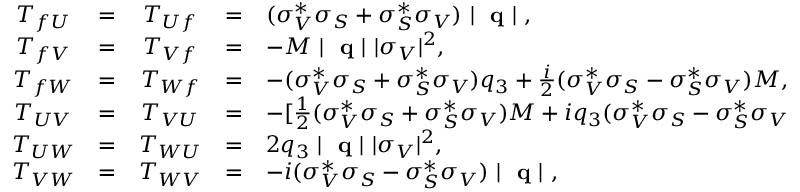
\begin{array} { c c c c l } { { T _ { f U } } } & { { = } } & { { T _ { U f } } } & { { = } } & { { ( \sigma _ { V } ^ { \ast } \sigma _ { S } + \sigma _ { S } ^ { \ast } \sigma _ { V } ) \mathrm { ~ \left| ~ { \bf ~ q } ~ \right| ~ } , } } \\ { { T _ { f V } } } & { { = } } & { { T _ { V f } } } & { { = } } & { { - M \mathrm { ~ \left| ~ { \bf ~ q } ~ \right| ~ } | \sigma _ { V } | ^ { 2 } , \nonumber } } \\ { { T _ { f W } } } & { { = } } & { { T _ { W f } } } & { { = } } & { { - ( \sigma _ { V } ^ { \ast } \sigma _ { S } + \sigma _ { S } ^ { \ast } \sigma _ { V } ) q _ { 3 } + \frac { i } { 2 } ( \sigma _ { V } ^ { \ast } \sigma _ { S } - \sigma _ { S } ^ { \ast } \sigma _ { V } ) M , } } \\ { { T _ { U V } } } & { { = } } & { { T _ { V U } } } & { { = } } & { { - [ \frac { 1 } { 2 } ( \sigma _ { V } ^ { \ast } \sigma _ { S } + \sigma _ { S } ^ { \ast } \sigma _ { V } ) M + i q _ { 3 } ( \sigma _ { V } ^ { \ast } \sigma _ { S } - \sigma _ { S } ^ { \ast } \sigma _ { V } ) ] , } } \\ { { T _ { U W } } } & { { = } } & { { T _ { W U } } } & { { = } } & { { 2 q _ { 3 } \mathrm { ~ \left| ~ { \bf ~ q } ~ \right| ~ } | \sigma _ { V } | ^ { 2 } , } } \\ { { T _ { V W } } } & { { = } } & { { T _ { W V } } } & { { = } } & { { - i ( \sigma _ { V } ^ { \ast } \sigma _ { S } - \sigma _ { S } ^ { \ast } \sigma _ { V } ) \mathrm { ~ \left| ~ { \bf ~ q } ~ \right| ~ } , } } \end{array}